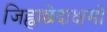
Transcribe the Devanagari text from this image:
जिह्वाछेदाक्षमो